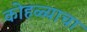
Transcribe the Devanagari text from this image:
कोहळ्याचा